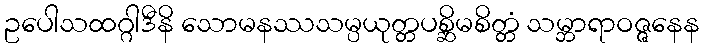
ဥပေါသထဂ္ဂါဒီနိ သောမနဿသမ္ပယုတ္တပစ္ဆိမစိတ္တံ သမ္ဘာရာဝဇ္ဇနေန